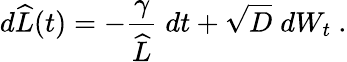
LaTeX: d\widehat{L}(t)=-\frac{\gamma}{\widehat{L}}\; dt+\sqrt{D}\; dW_{t}\ .